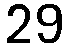
29